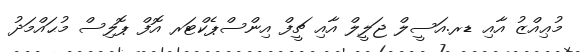
މުޢިއްޒު އާއި ޑރ.އަސީލް ޖަލީލް އާއި ޗީފް އިންސްޕެކްޓަރ އޮފް ޕޮލިސް މުޙައްމަދު